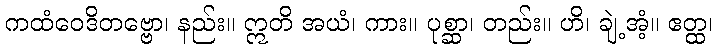
ကထံဝေဒိတဗ္ဗော၊ နည်း။ ဣတိ အယံ၊ ကား။ ပုစ္ဆာ၊ တည်း။ ဟိ၊ ချဲ့အံ့။ ဧတ္ထ၊